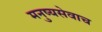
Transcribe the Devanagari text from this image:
मनुष्यसेवाच